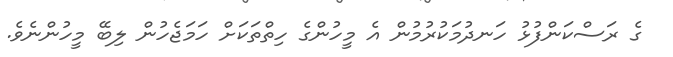
ގެ ރަސްކަންފުޅު ހަނދުމަކުރުމުން އެ މީހުންގެ ހިތްތަކަށް ހަމަޖެހުން ލިބޭ މީހުންނެވެ.